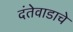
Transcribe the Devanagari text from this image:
दंतेवाडाचे